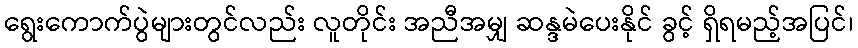
ရွေးကောက်ပွဲများတွင်လည်း လူတိုင်း အညီအမျှ ဆန္ဒမဲပေးနိုင် ခွင့် ရှိရမည့်အပြင်၊